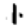
Digit: 1